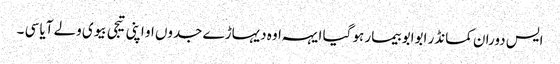
ایس دوران کمانڈر ابوابو بیمار ہو گیا ایہہ اوہ دیہاڑے جدوں او اپنی تیجی بیوی ولے آیا سی ۔